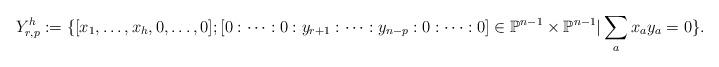
LaTeX: \begin{align*} Y_{r,p}^h:= \{[x_1, \dots, x_h, 0, \dots, 0]; [0: \dots : 0 : y_{r+1}: \dots : y_{n-p}: 0: \dots : 0] \in \mathbb{P}^{n-1} \times \mathbb{P}^{n-1} | \sum_a x_a y_a=0 \}.\end{align*}